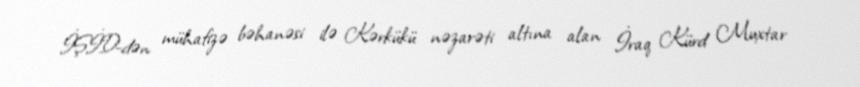
İŞİD-dən mühafizə bəhanəsi ilə Kərkükü nəzarəti altına alan İraq Kürd Muxtar